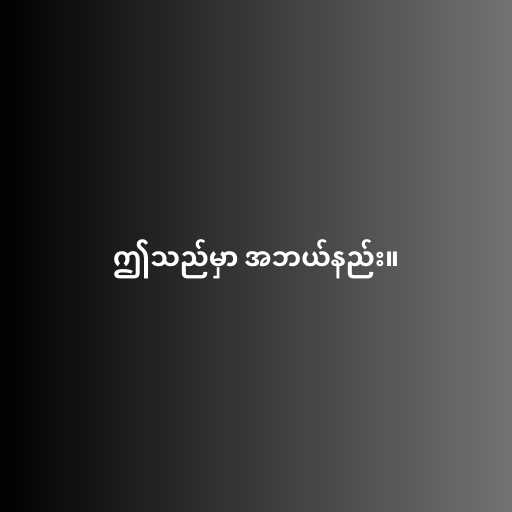
ဤသည်မှာ အဘယ်နည်း။